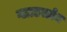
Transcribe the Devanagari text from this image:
ग्लाडस्टोन